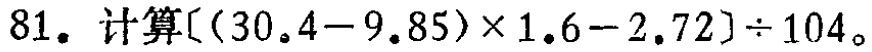
计算\([(30.4 - 9.85)\times1.6 - 2.72]\div104\)。